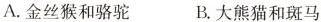
A. 金丝猴和骆驼 B. 大熊猫和斑马